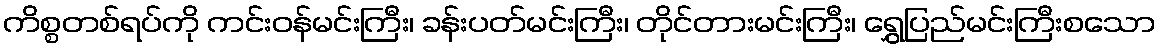
ကိစ္စတစ်ရပ်ကို ကင်းဝန်မင်းကြီး၊ ခန်းပတ်မင်းကြီး၊ တိုင်တားမင်းကြီး၊ ရွှေပြည်မင်းကြီးစသော